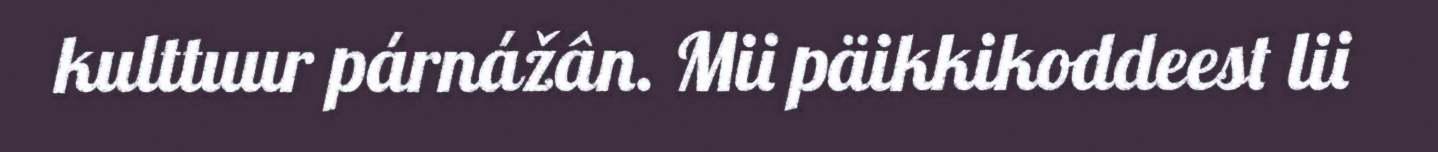
kulttuur párnážân. Mii päikkikoddeest lii